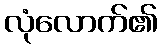
လုံလောက်၏